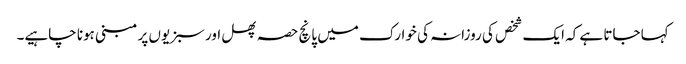
کہا جاتا ہے کہ ایک شخص کی روزانہ کی خوارک میں پانچ حصہ پھل اور سبزیوں پر مبنی ہونا چاہیے۔